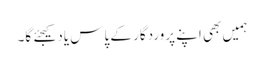
ہمیں بھی اپنے پروردگار کے پاس یاد کیجئے گا۔